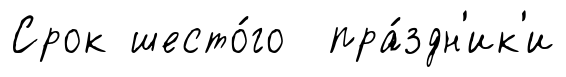
Срок шесто́го пра́здн'ик'и